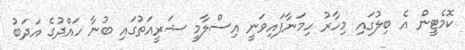
ކޮމެޓީން އެ ބިލުގައި މިހާރު ހިމަނާފައިވަނީ އިސްލާމީ ޝަރީއަތުގައި ބުނާ ހައްދުގެ އަދަބު